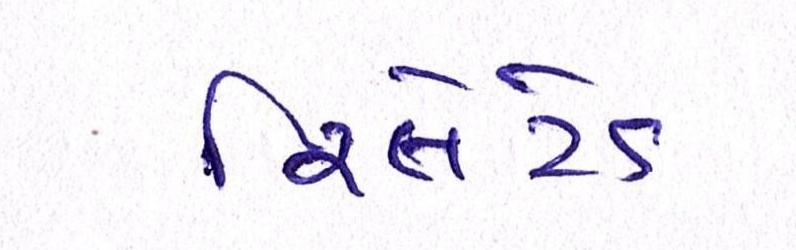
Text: રિલેટેડ